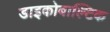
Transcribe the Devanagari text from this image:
डाइकोबाल्टिक